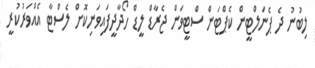
ލިބުނު ދެ ޕެނަލްޓީން ކެޕްޓަން ސްޓީވަން ޖެރާޑް ލީޑް ހޯދާދީފައިވަނިކޮށް ލެސްޓާ އެއްވަރުކުރީ